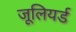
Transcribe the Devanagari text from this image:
जूलियर्ड